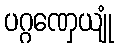
ပဂ္ဂဏှေယျုံ